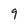
Character: 9